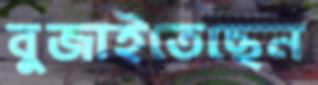
বুজাইতেছেন